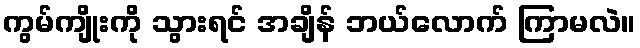
ကွမ်ကျိုးကို သွားရင် အချိန် ဘယ်လောက် ကြာမလဲ။